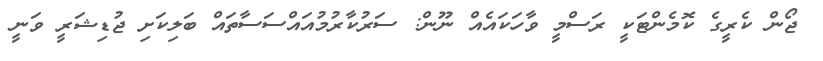
ޖޯން ކެރީގެ ކޮމެންޓަކީ ރަސްމީ ވާހަކައެއް ނޫން: ސަރުކާރުމުއައްސަސާތައް ބަލިކަށި ޖުޑިޝަރީ ވަނީ